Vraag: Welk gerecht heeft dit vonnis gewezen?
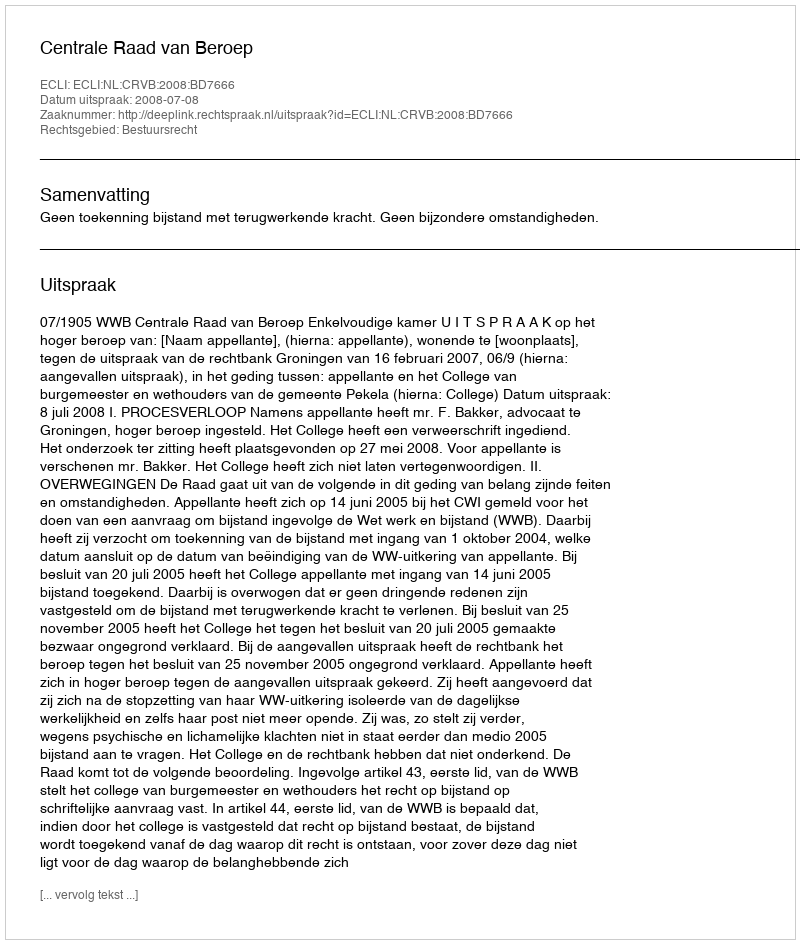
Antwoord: Centrale Raad van Beroep